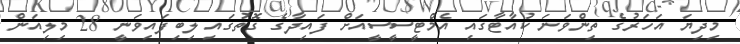
މިދިޔަ އަހަރުގެ ތިންވަނަ ކުއާޓާގައި އެމްޓީސީސީއަށް ފައިދާގެ ގޮތުގައި ލިބިފައިވަނީ 28 މިލިއަން